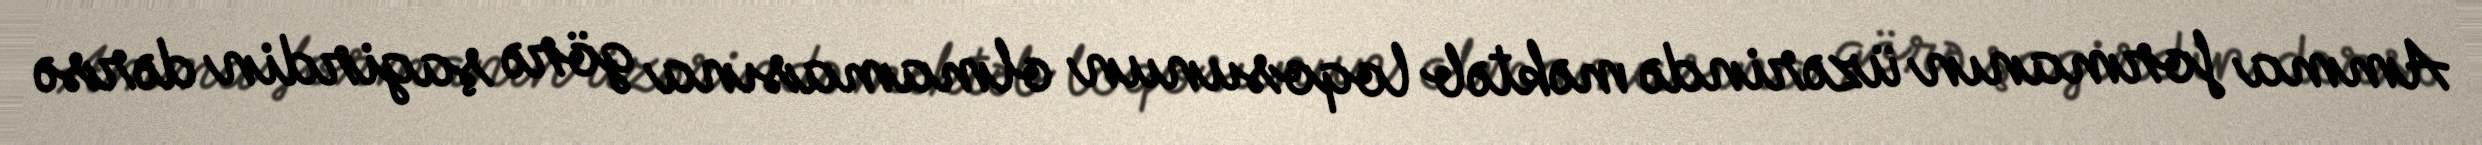
Amma formanın üzərində məktəb loqosunun olmamasına görə şagirdin dərsə